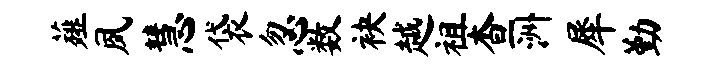
薤夙慧袋忽数袂越祖查洲犀勤